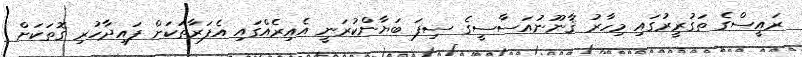
ރައީސްގެ ތަގުރީރުގައި މިހާރު ޤާނޫނުއަސާސީގެ ސިފަ ބަޔާންކުރަނީ އެއިރެއްގައި އެފަރާތަކަށް ފައިދާހުރި ގޮތަކަށް